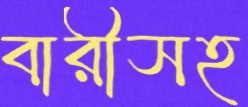
বারীসহ